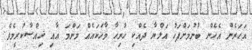
އަހަރެން އެހެން ބުނުމަށްފަހު އަލްޔާ ދެއްކި ހުރިހާ ވާހަކައެއް މަންމަ އާއި ޚިއްސާކުރީމެވެ.